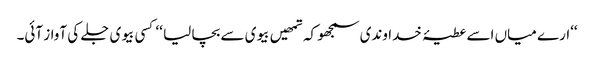
‘‘ارے میاں اسے عطیۂ خداوندی سمجھو کہ تمھیں بیوی سے بچا لیا ‘‘ کسی بیوی جلے کی آواز آئی۔